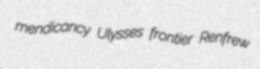
mendicancy Ulysses frontier Renfrew